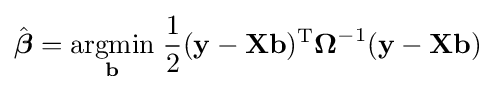
{\hat {\boldsymbol {\beta }}}={\underset {\mathbf {b} }{\operatorname {argmin} }}\;{\frac {1}{2}}(\mathbf {y} -\mathbf {X} \mathbf {b} )^{\mathrm {T} }{\boldsymbol {\Omega }}^{-1}(\mathbf {y} -\mathbf {X} \mathbf {b} )